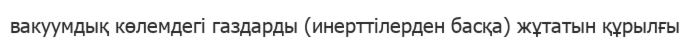
вакуумдық көлемдегі газдарды (инерттілерден басқа) жұтатын құрылғы